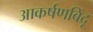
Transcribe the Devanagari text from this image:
आकर्षणबिंदू